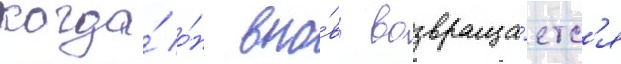
когда́ о́н вно́вь возвраща́етс'я